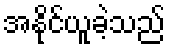
အနိုင်ယူခဲ့သည်